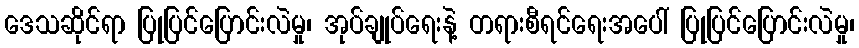
ဒေသဆိုင်ရာ ပြုပြင်ပြောင်းလဲမှု၊ အုပ်ချုပ်ရေးနဲ့ တရားစီရင်ရေးအပေါ် ပြုပြင်ပြောင်းလဲမှု၊